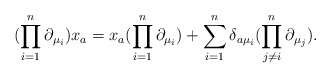
\begin{align*}(\prod\limits_{i=1}^{n}\partial_{\mu_i})x_a = x_a (\prod\limits_{i=1}^{n}\partial_{\mu_i})+\sum\limits_{i=1}^{n}\delta_{a \mu_i}(\prod\limits_{j\ne i}^{n}\partial_{\mu_j}).\end{align*}